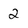
Character: 2